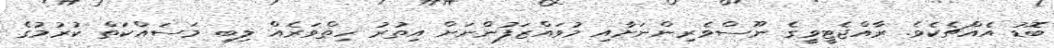
ބޮޑު އެއްޗެކެވެ. ރާއްޖެޓީވީގެ ނޫސްވެރިންނަށާއި މުވައްޒަފުންނަށް އިތުރު ހިތްވަރެއް ލިބި މަސައްކަތް ކުރުމުގެ